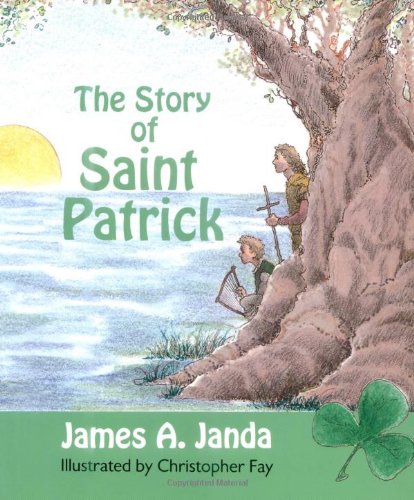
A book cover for The Story of Saint Patrick; James A. Janda; Children's Books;